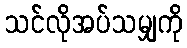
သင်လိုအပ်သမျှကို